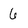
Character: 6